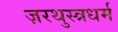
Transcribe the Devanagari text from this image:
ज़रथुस्त्रधर्म